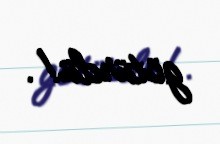
götürdü!.